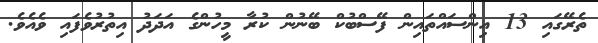
ތެރޭގައި 13 އިންސައްތައިން ފޭސްބުކް ބޭނުން ކުރާ މީހުންގެ އަދަދު އިތުރުވެފައި ވެއެވެ.